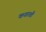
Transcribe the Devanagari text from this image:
कशाशी